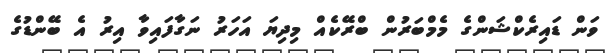
ވަން ޑައިރެކްޝަންގެ މެމްބަރުން ބްރޭކެއް މިދިޔަ އަހަރު ނަގާފައިވާ އިރު އެ ބޭންޑުގެ